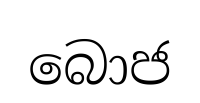
බොජ